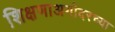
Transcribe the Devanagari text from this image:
शिक्षणाअगोदरच्या